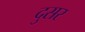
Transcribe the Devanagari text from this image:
दुसर